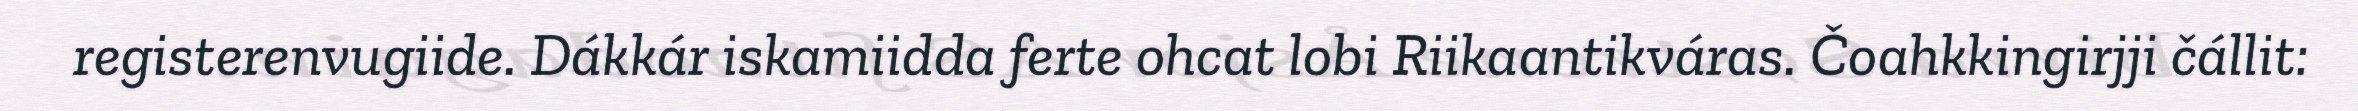
registerenvugiide. Dákkár iskamiidda ferte ohcat lobi Riikaantikváras. Čoahkkingirjji čállit: